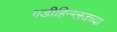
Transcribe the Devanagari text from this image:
गडीहिन्ग्लजच्या